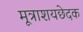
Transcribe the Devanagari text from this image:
मूत्राशयछेदक